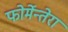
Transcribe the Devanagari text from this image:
फोर्मेन्तेरा